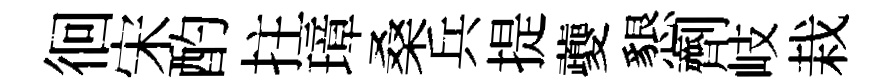
徊宋酌拄璋桑兵提夔懇劑岐栽